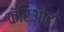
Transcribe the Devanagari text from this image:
कॅरिओटा